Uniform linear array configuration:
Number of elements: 16
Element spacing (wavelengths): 1
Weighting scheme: uniform
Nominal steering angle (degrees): -15
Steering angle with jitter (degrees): -14.701
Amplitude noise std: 0.05
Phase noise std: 0.05

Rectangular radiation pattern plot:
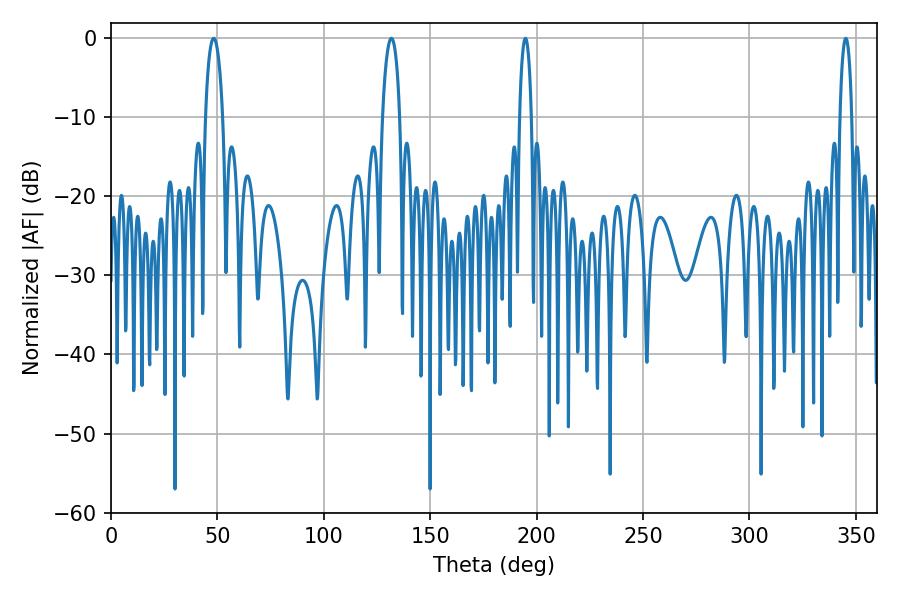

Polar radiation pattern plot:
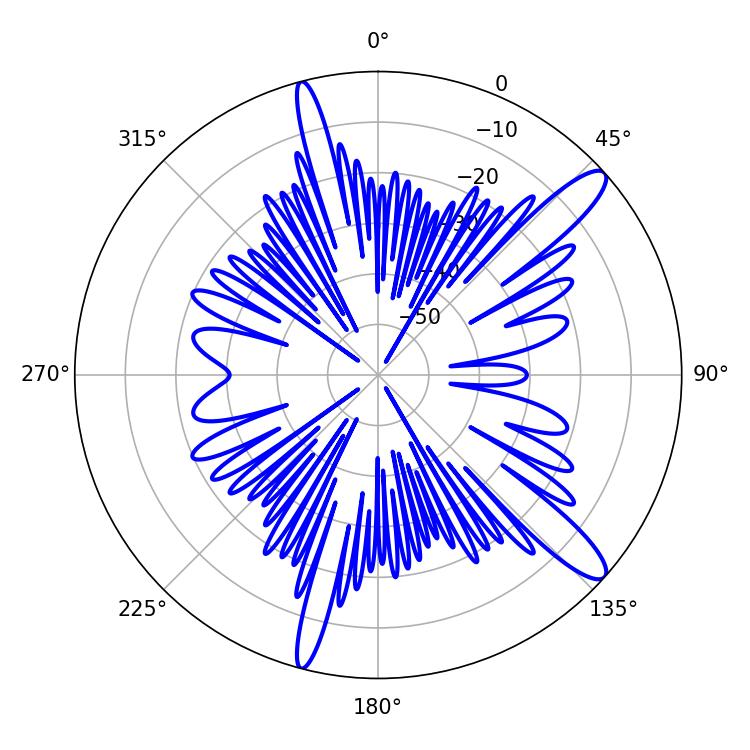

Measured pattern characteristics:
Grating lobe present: TRUE
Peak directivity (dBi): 12.909
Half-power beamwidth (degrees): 4.5
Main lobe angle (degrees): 48.24